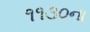
૧૧૩૦ના